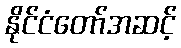
နိုင်ငံတော်အဆင့်